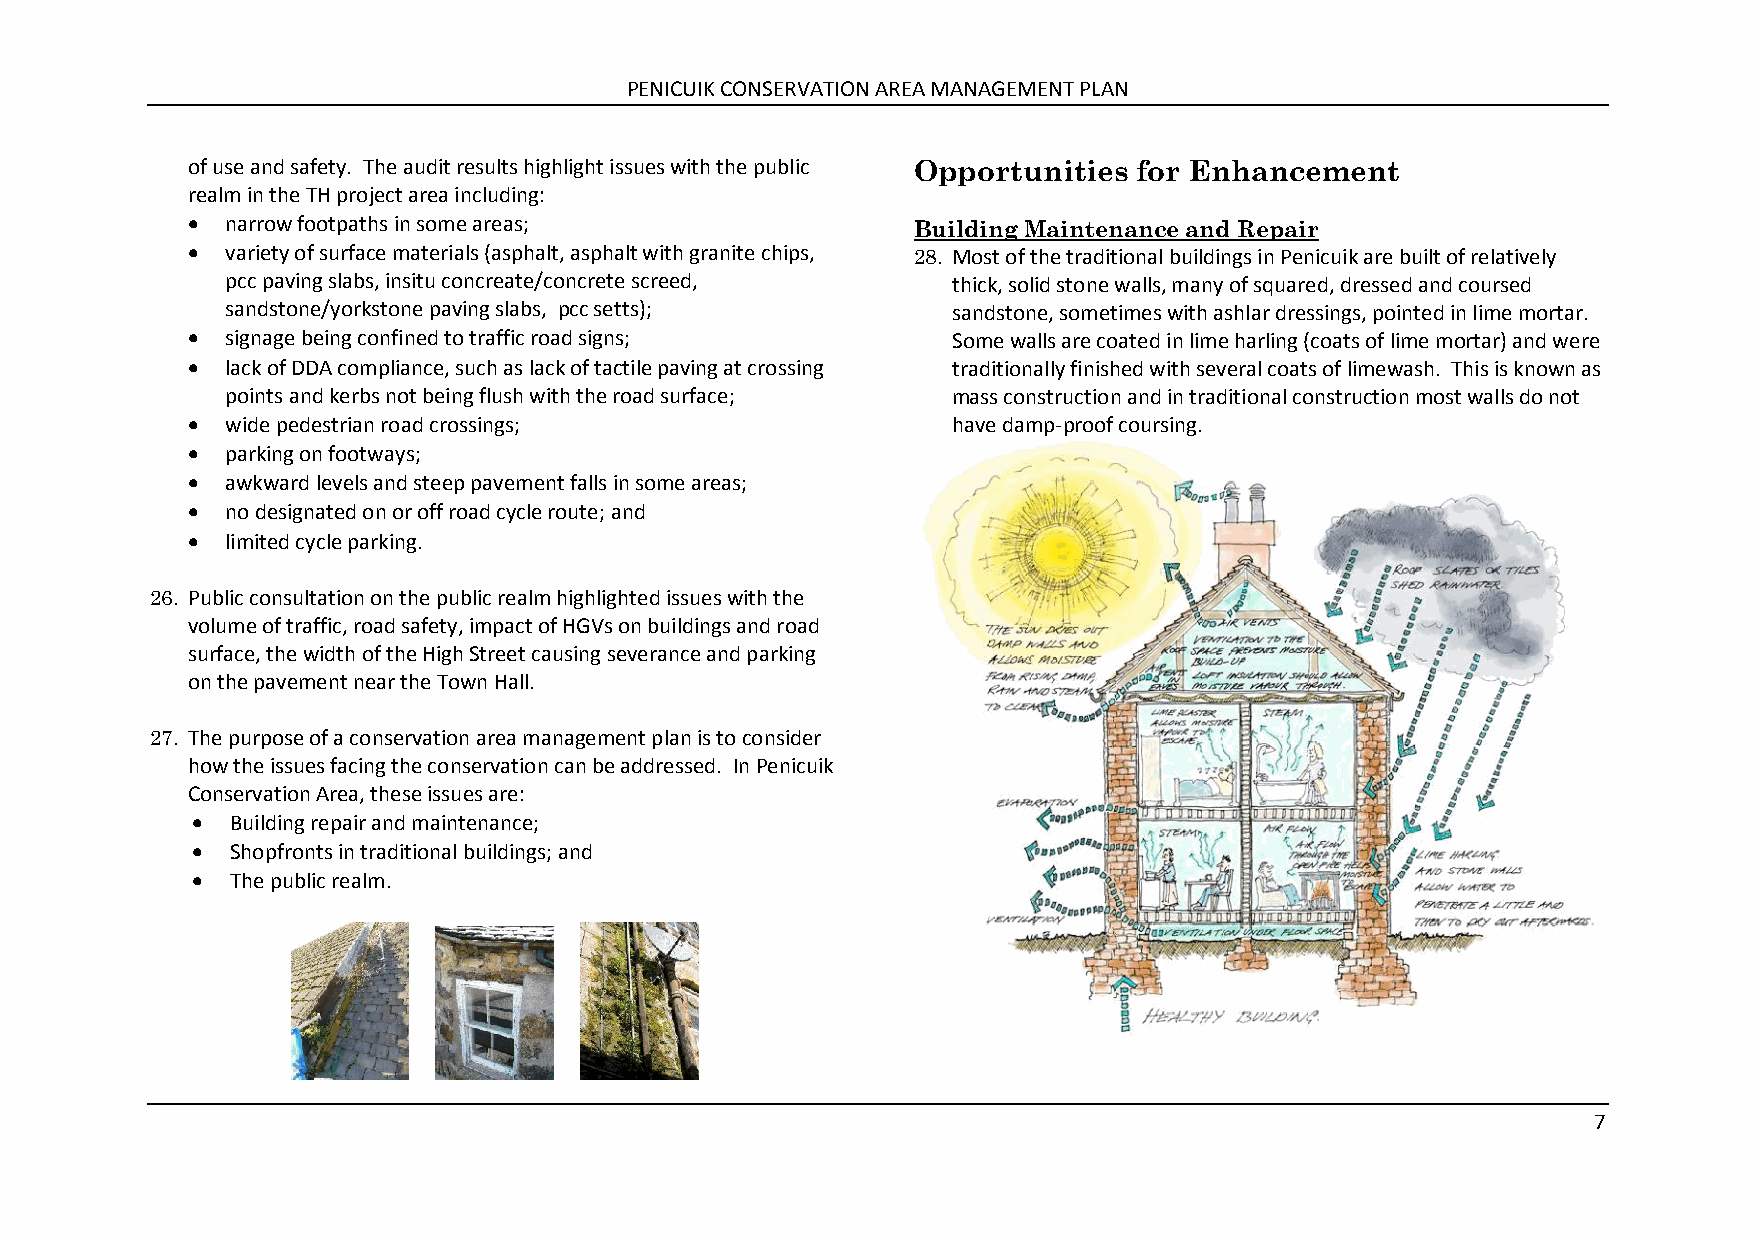
PENICUIK CONSERVATION AREA MANAGEMENT PLAN
 of use and safety. The audit results highlight issues with the public Opportunities for Enhancement
 realm in the TH project area including:
   narrow footpaths in some areas;               Building Maintenance and Repair
   variety of surface materials (asphalt, asphalt with granite chips, 28. Most of the traditional buildings in Penicuik are built of relatively
 pcc paving slabs, insitu concreate/concrete screed, thick, solid stone walls, many of squared, dressed and coursed
 sandstone/yorkstone paving slabs, pcc setts);   sandstone, sometimes with ashlar dressings, pointed in lime mortar.
   signage being confined to traffic road signs;   Some walls are coated in lime harling (coats of lime mortar) and were
   lack of DDA compliance, such as lack of tactile paving at crossing traditionally finished with several coats of limewash. This is known as
 points and kerbs not being flush with the road surface; mass construction and in traditional construction most walls do not
   wide pedestrian road crossings;                 have damp-proof coursing.
   parking on footways;
   awkward levels and steep pavement falls in some areas;
   no designated on or off road cycle route; and
   limited cycle parking.
 26. Public consultation on the public realm highlighted issues with the
 volume of traffic, road safety, impact of HGVs on buildings and road
 surface, the width of the High Street causing severance and parking
 on the pavement near the Town Hall.
 27. The purpose of a conservation area management plan is to consider
 how the issues facing the conservation can be addressed. In Penicuik
 Conservation Area, these issues are:
  Building repair and maintenance;
  Shopfronts in traditional buildings; and
  The public realm.
 7